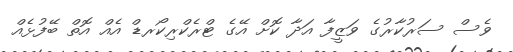
ވެސް ސަރުކާރުގެ ވަޒީފާ އަދާ ކޮށް އޭގެ ޓްރެކްރިކޯރޑް އެއް އޮތް ބޭފުޅެއް